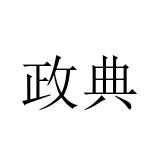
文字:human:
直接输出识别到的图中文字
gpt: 政典